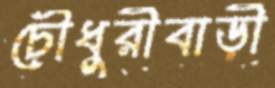
চৌধুরীবাড়ী